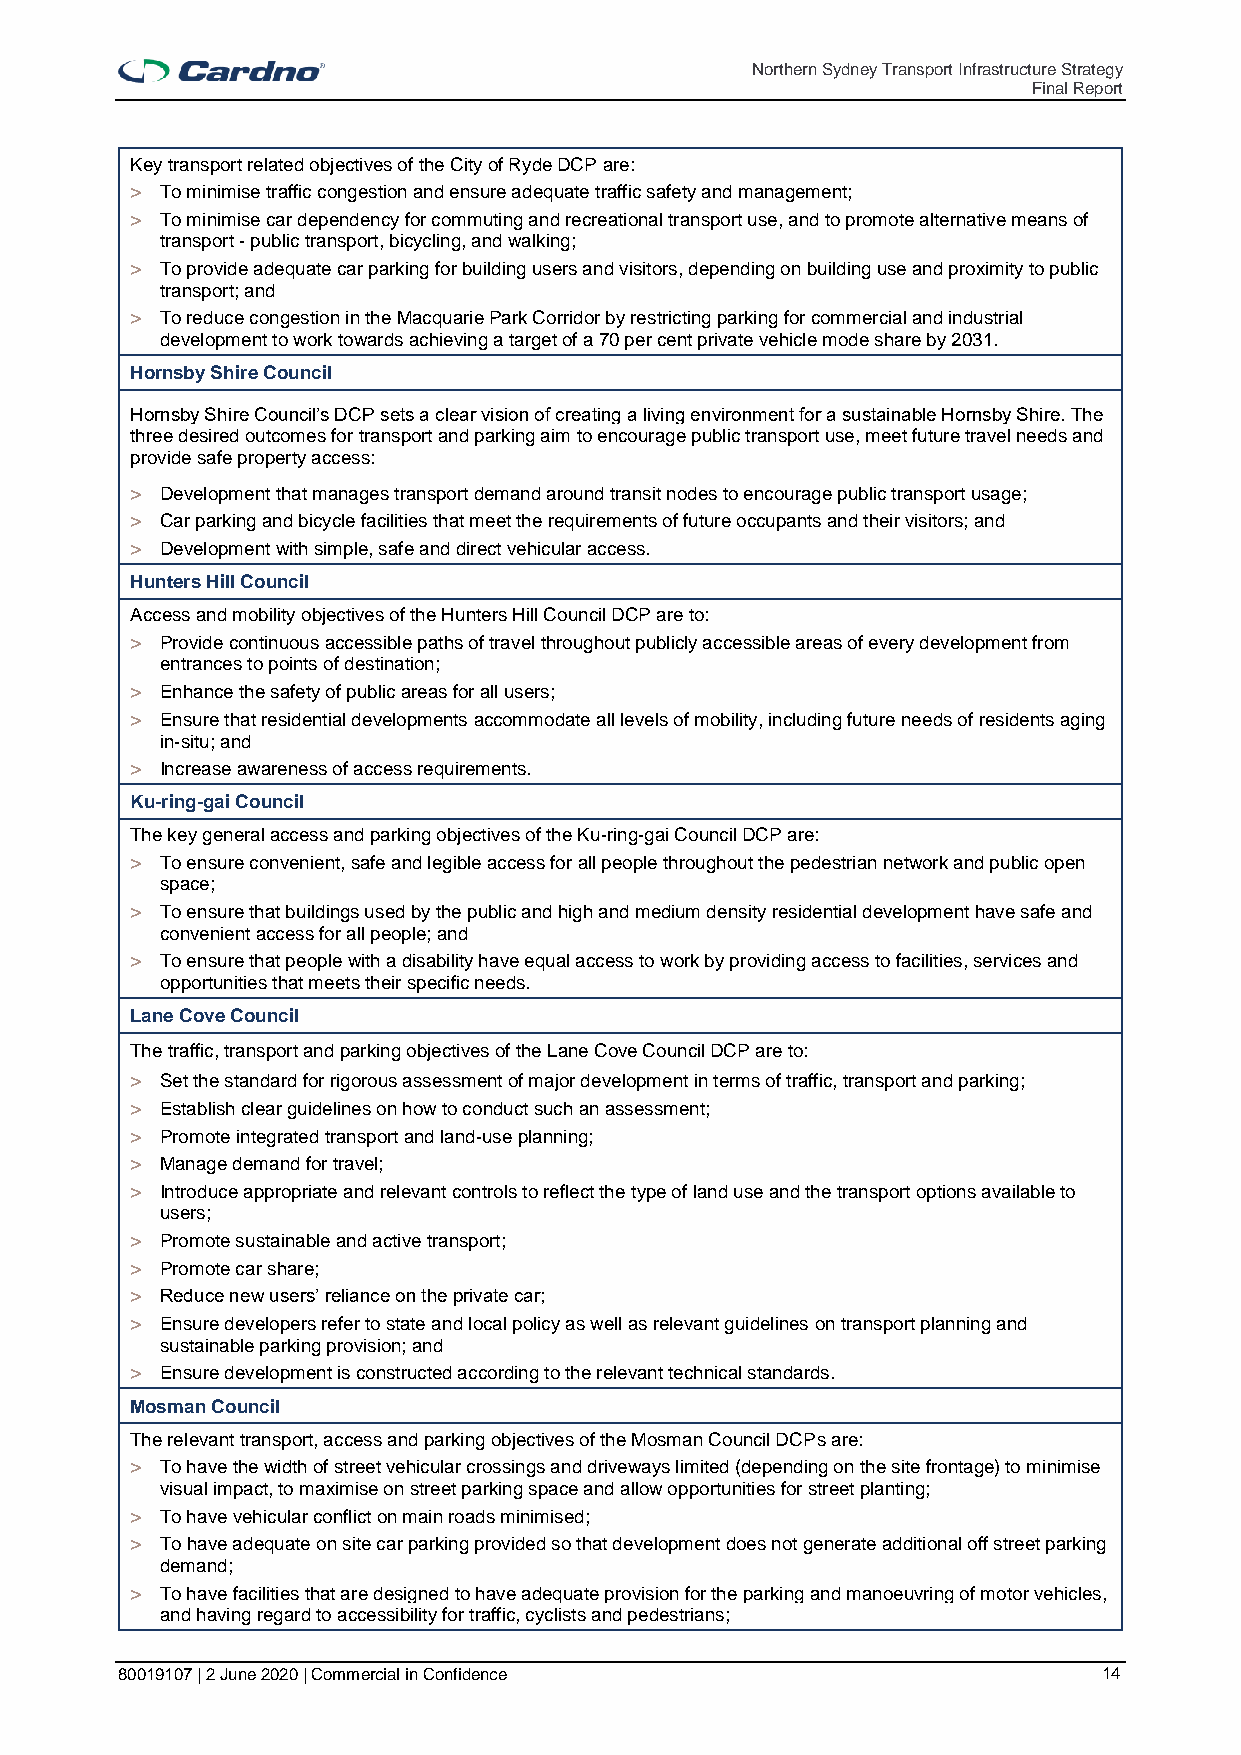
Northern Sydney Transport Infrastructure Strategy
 Final Report
 Key transport related objectives of the City of Ryde DCP are:
 > To minimise traffic congestion and ensure adequate traffic safety and management;
 > To minimise car dependency for commuting and recreational transport use, and to promote alternative means of
 transport - public transport, bicycling, and walking;
 > To provide adequate car parking for building users and visitors, depending on building use and proximity to public
 transport; and
 > To reduce congestion in the Macquarie Park Corridor by restricting parking for commercial and industrial
 development to work towards achieving a target of a 70 per cent private vehicle mode share by 2031.
 Hornsby Shire Council
 Hornsby Shire Council’s DCP sets a clear vision of creating a living environment for a sustainable Hornsby Shire. The
 three desired outcomes for transport and parking aim to encourage public transport use, meet future travel needs and
 provide safe property access:
 > Development that manages transport demand around transit nodes to encourage public transport usage;
 > Car parking and bicycle facilities that meet the requirements of future occupants and their visitors; and
 > Development with simple, safe and direct vehicular access.
 Hunters Hill Council
 Access and mobility objectives of the Hunters Hill Council DCP are to:
 > Provide continuous accessible paths of travel throughout publicly accessible areas of every development from
 entrances to points of destination;
 > Enhance the safety of public areas for all users;
 > Ensure that residential developments accommodate all levels of mobility, including future needs of residents aging
 in-situ; and
 > Increase awareness of access requirements.
 Ku-ring-gai Council
 The key general access and parking objectives of the Ku-ring-gai Council DCP are:
 > To ensure convenient, safe and legible access for all people throughout the pedestrian network and public open
 space;
 > To ensure that buildings used by the public and high and medium density residential development have safe and
 convenient access for all people; and
 > To ensure that people with a disability have equal access to work by providing access to facilities, services and
 opportunities that meets their specific needs.
 Lane Cove Council
 The traffic, transport and parking objectives of the Lane Cove Council DCP are to:
 > Set the standard for rigorous assessment of major development in terms of traffic, transport and parking;
 > Establish clear guidelines on how to conduct such an assessment;
 > Promote integrated transport and land-use planning;
 > Manage demand for travel;
 > Introduce appropriate and relevant controls to reflect the type of land use and the transport options available to
 users;
 > Promote sustainable and active transport;
 > Promote car share;
 > Reduce new users’ reliance on the private car;
 > Ensure developers refer to state and local policy as well as relevant guidelines on transport planning and
 sustainable parking provision; and
 > Ensure development is constructed according to the relevant technical standards.
 Mosman Council
 The relevant transport, access and parking objectives of the Mosman Council DCPs are:
 > To have the width of street vehicular crossings and driveways limited (depending on the site frontage) to minimise
 visual impact, to maximise on street parking space and allow opportunities for street planting;
 > To have vehicular conflict on main roads minimised;
 > To have adequate on site car parking provided so that development does not generate additional off street parking
 demand;
 > To have facilities that are designed to have adequate provision for the parking and manoeuvring of motor vehicles,
 and having regard to accessibility for traffic, cyclists and pedestrians;
 80019107 | 2 June 2020 | Commercial in Confidence                14